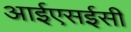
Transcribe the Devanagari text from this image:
आईएसईसी